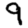
Digit: 9